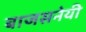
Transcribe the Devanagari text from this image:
बाजसनेयी